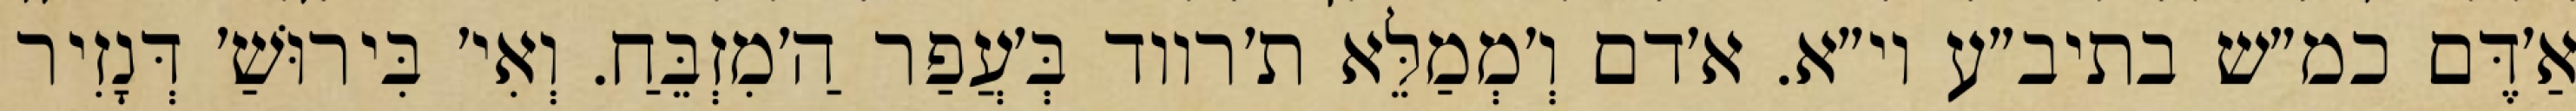
אַ׳דֶּם כמ״ש בתיב״ע וי״א. א׳דם וְ׳מְמַלֵּא ת׳רווד בְּ׳עֲפַר הַ׳מִזְבֵּחַ. וְאִי׳ בִּירוּשַׁ׳ דְּנָזִיר